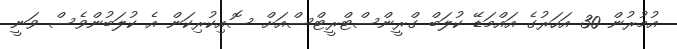
އުމުރުން 30 އަހަރުގެ އައްމަޑޭ ކުލަބް ގްރީންސްޓްރީޓްސްއަށް ސޮއިކުރިކަން އެ ކުލަބުންވެސް ވަނީ